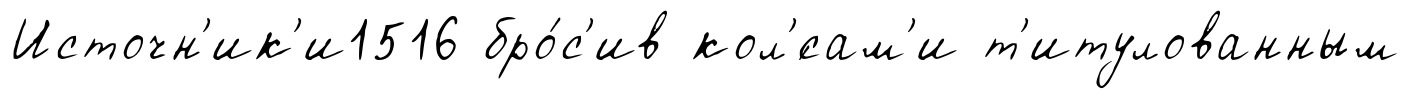
Источн'ик'и1516 бро́с'ив кол'́сам'и т'итулованным